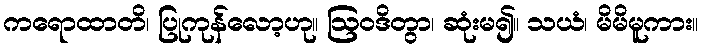
ကရောထာတိ၊ ပြုကုန်လော့ဟု။ ဩဝဒိတွာ၊ ဆုံးမ၍။ သယံ၊ မိမိမူကား။